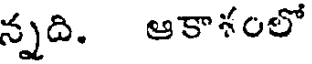
న్నది. ఆకాశంలో